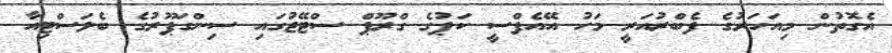
އެގޮތުން މިއަހަރުގެ ފެބްރުއަރީ މަހު އޭއެފްސީ ކަޕުގެ ގްރޫޕް ސްޓޭޖުގައި ސިންގަޕޫރުގެ ބެލަސްޓިއާ